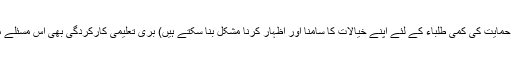
(گھر میں تشدد اور جذباتی حمایت کی کمی طلباء کے لئے اپنے خیالات کا سامنا اور اظہار کرنا مشکل بنا سکتے ہیں) بُری تعلیمی کارکردگی بھی اس مسئلے میں اہم کردار ادا کرتی ہے۔